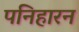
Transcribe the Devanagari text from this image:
पनिहारन